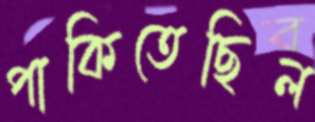
পাকিতেছিল